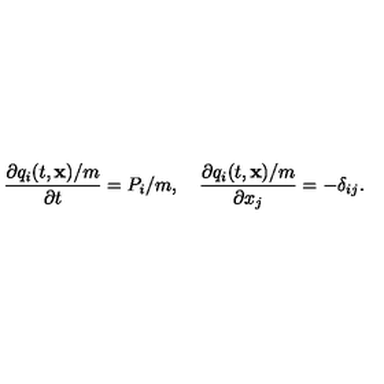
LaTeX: \frac { \partial { q _ { i } ( t , { \bf x } ) / m } } { \partial { t } } = P _ { i } / m , \quad \frac { \partial { q _ { i } ( t , { \bf x } ) / m } } { \partial { x _ { j } } } = - { \delta } _ { i j } .